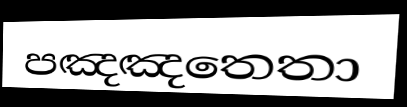
පඤඤතෙතා